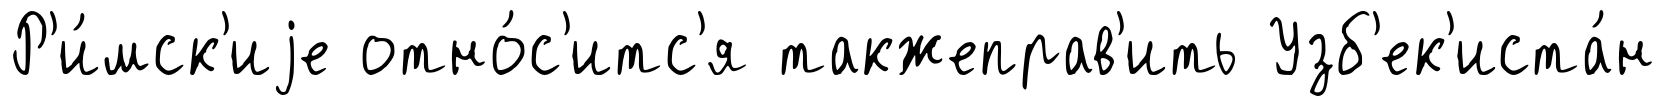
Р'и́мск'иjе отно́с'итс'я такжеправ'ить Узб'ек'иста́н